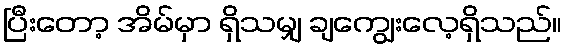
ပြီးတော့ အိမ်မှာ ရှိသမျှ ချကျွေးလေ့ရှိသည်။